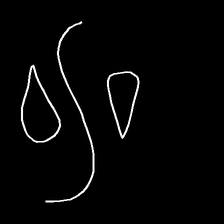
Glyph: water